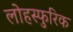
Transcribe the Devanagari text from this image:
लोहस्फुरिक